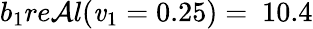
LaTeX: b_{1}re\mathcal{A}l(\mathit{v}_{1}=0.25)=\ 10.4